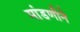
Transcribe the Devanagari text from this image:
मांडणीने